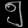
Digit: ၅